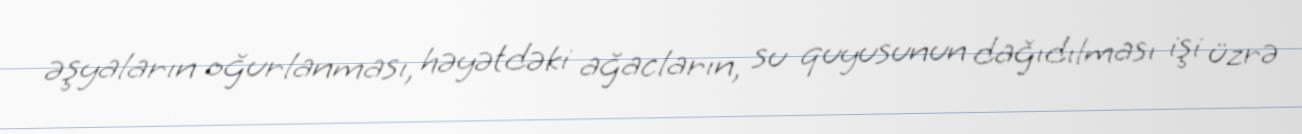
əşyaların oğurlanması, həyətdəki ağacların, su quyusunun dağıdılması işi üzrə